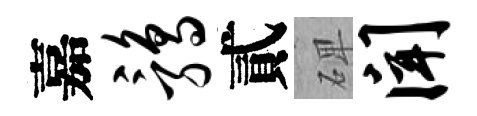
嘉鹑貳𥓓闻